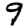
Digit: 9